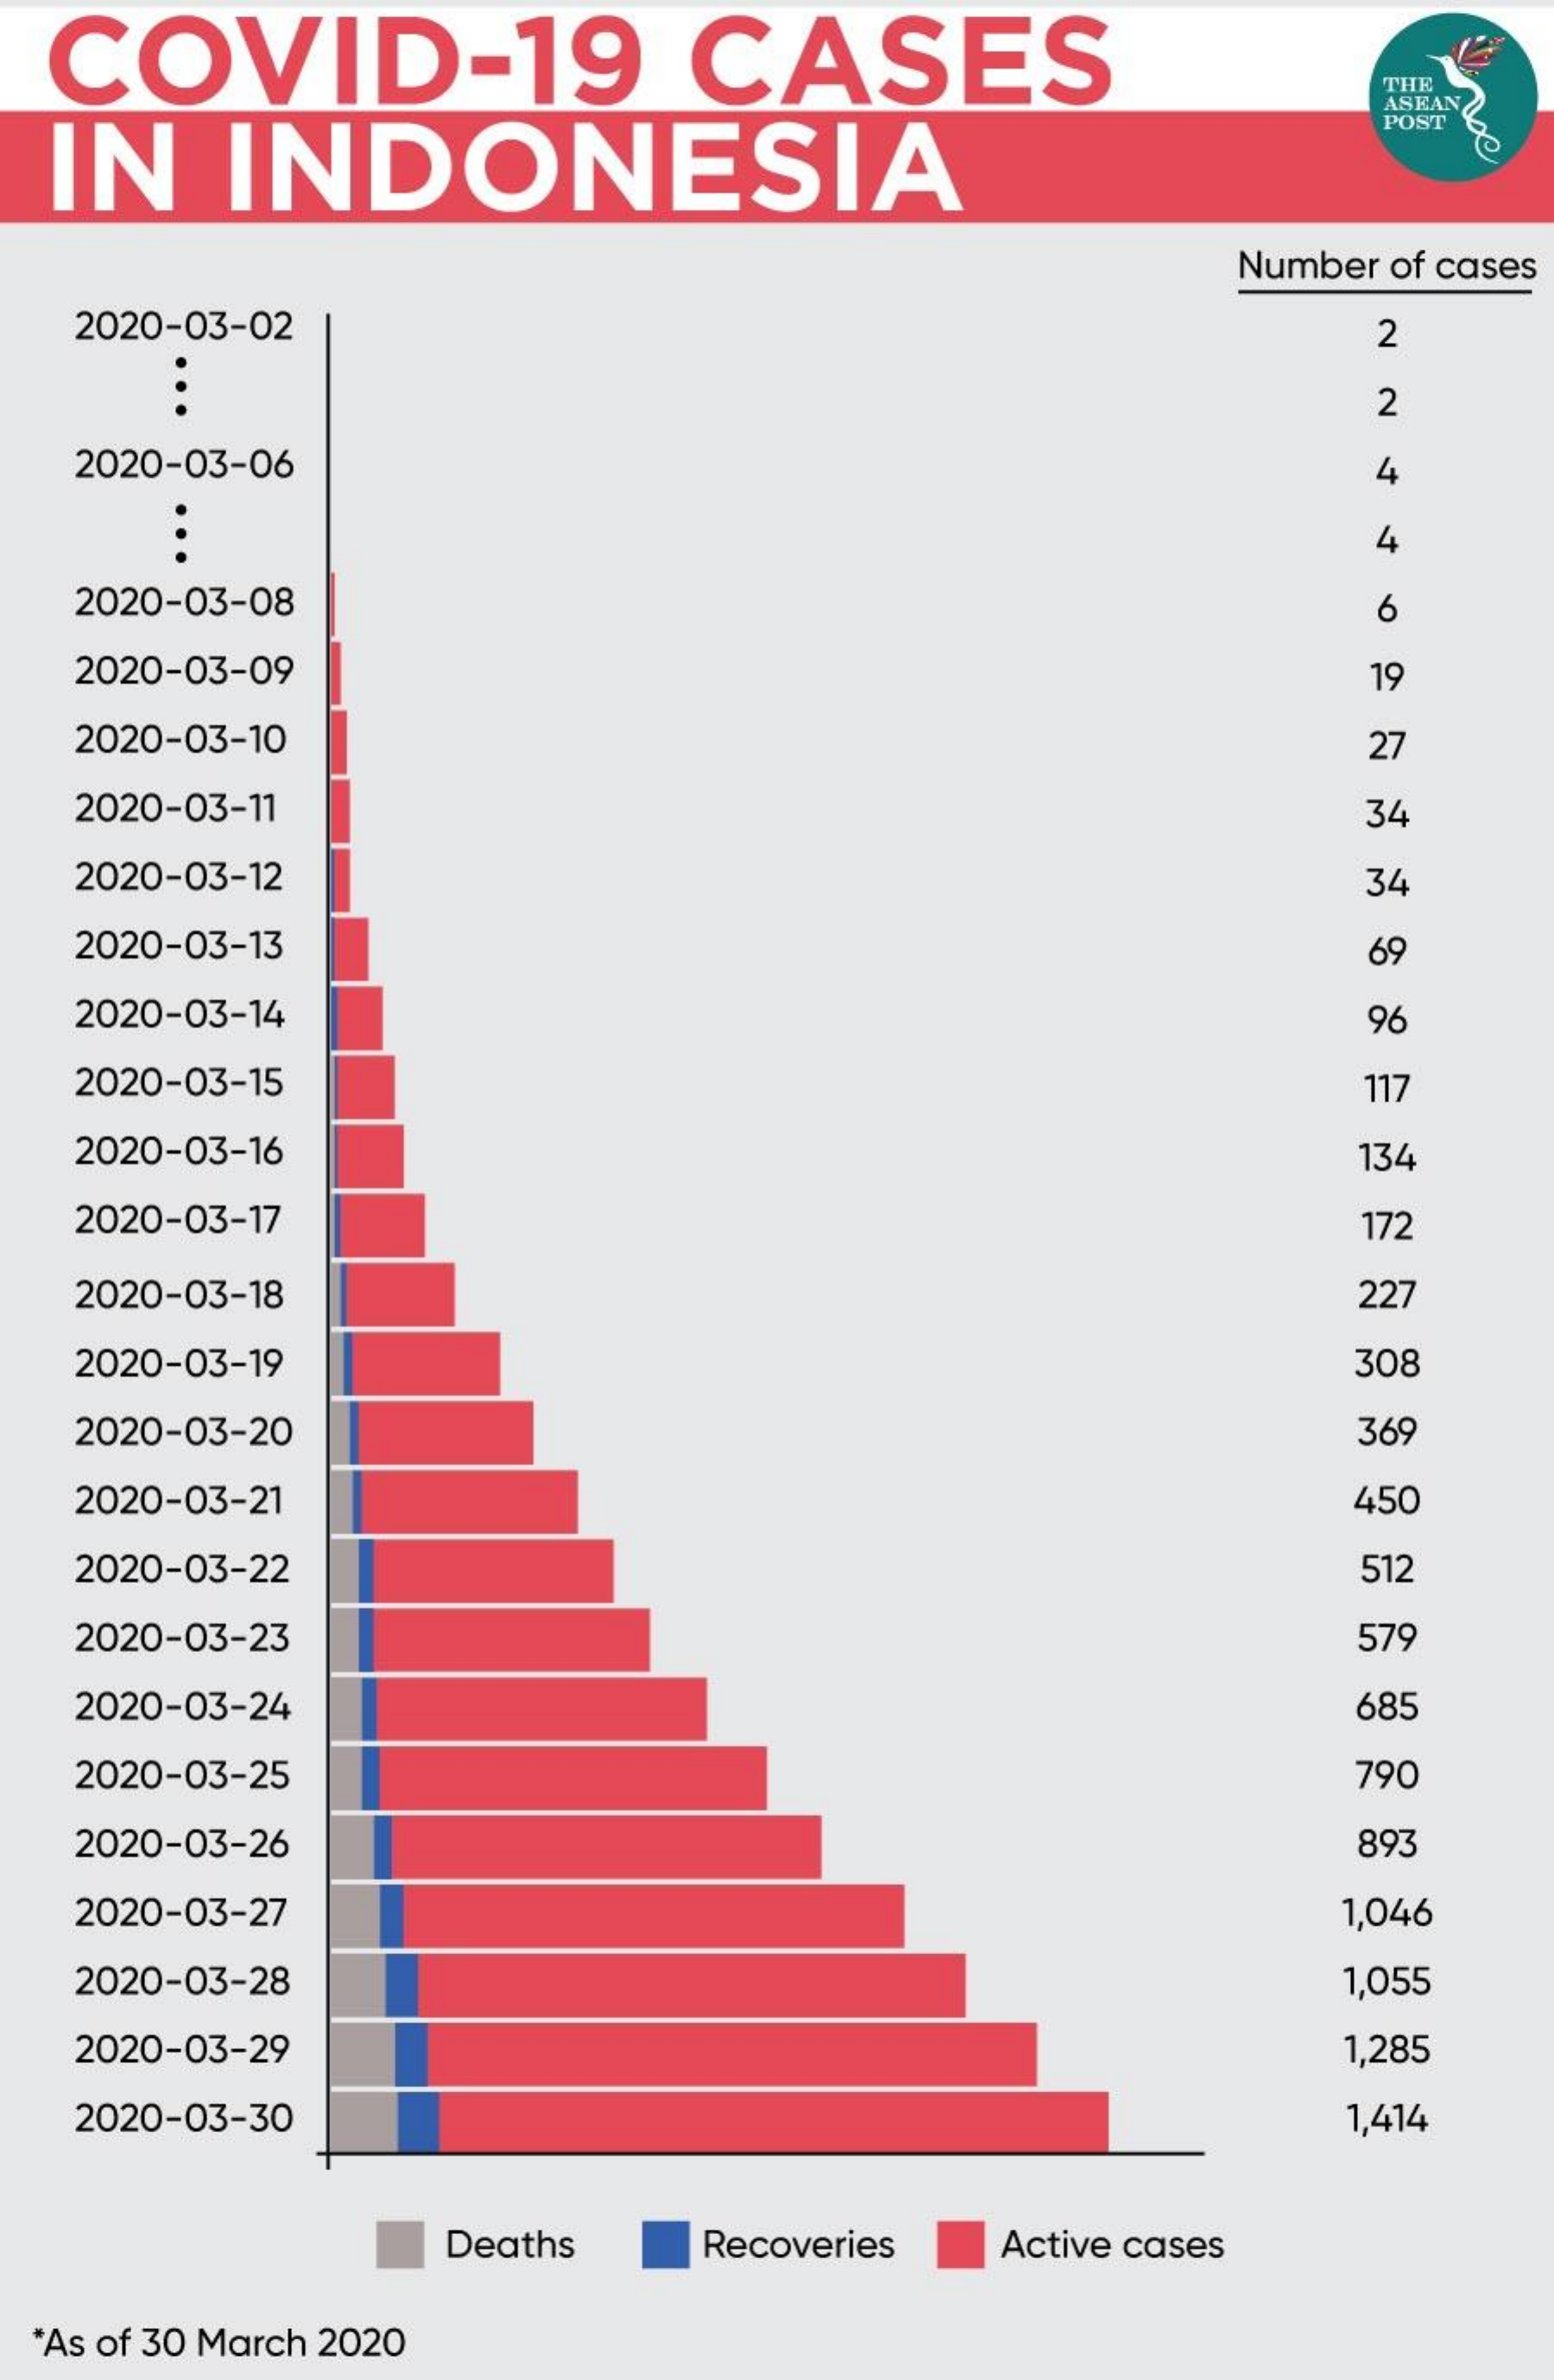
COVID-19    CASES
     THE
  IN    INDONESIA
     ASEAN
     POST
     Number of cases
   2020-03-02    2
     2
   2020-03-06    4
     4
   2020-03-08    6
   2020-03-09    19
   2020-03-10    27
   2020-03-11    34
   2020-03-12    34
   2020-03-13    69
   2020-03-14    96
   2020-03-15    117
   2020-03-16    134
   2020-03-17    172
   2020-03-18    227
   2020-03-19    308
   2020-03-20    369
   2020-03-21    450
   2020-03-22    512
   2020-03-23    579
   2020-03-24    685
   2020-03-25    790
   2020-03-26    893
   2020-03-27    1,046
   2020-03-28    1,055
   2020-03-29    1,285
   2020-03-30    1,414
     Deaths   Recoveries Active cases
  *As of 30 March 2020